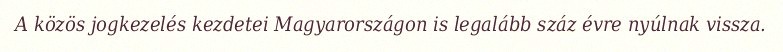
A közös jogkezelés kezdetei Magyarországon is legalább száz évre nyúlnak vissza.